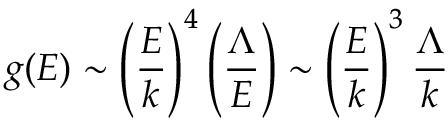
g ( E ) \sim \left( { \frac { E } { k } } \right) ^ { 4 } \left( { \frac { \Lambda } { E } } \right) \sim \left( { \frac { E } { k } } \right) ^ { 3 } { \frac { \Lambda } { k } }